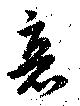
衰